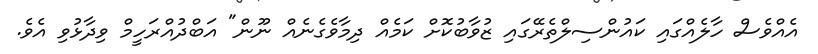
އެއްވެސް ހާލެއްގައި ކައުންސިލްތެރޭގައި ޒުވާބުކޮށް ކަމެއް ދިމާވެގެނެއް ނޫން" އަބްދުއްރަހީމް ވިދާޅުވި އެވެ.